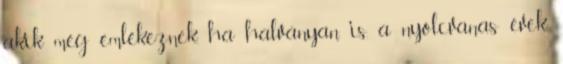
akik még emlékeznek, ha halványan is, a nyolcvanas évek